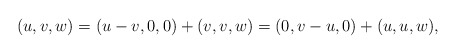
\begin{align*} (u,v,w) = (u-v,0,0)+(v,v,w) = (0,v-u,0)+(u,u,w),\end{align*}